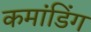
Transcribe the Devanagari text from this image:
कमांडिंग